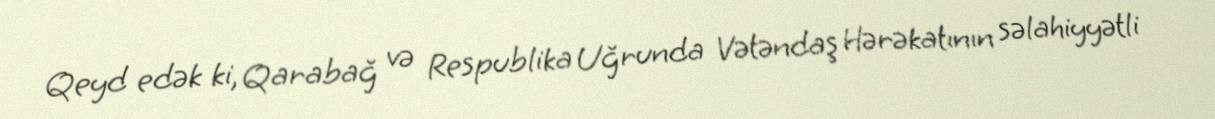
Qeyd edək ki, Qarabağ və Respublika Uğrunda Vətəndaş Hərəkatının səlahiyyətli